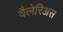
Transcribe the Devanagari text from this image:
वैलेरिअस